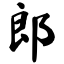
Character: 郎